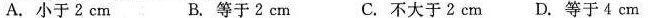
A.小于2cm B.等于2cm C.不大于2cm D.等于4cm